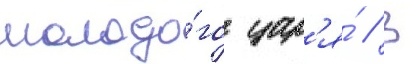
молодо́го цар'я́ // В